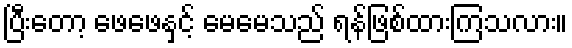
ပြီးတော့ ဖေဖေနှင့် မေမေသည် ရန်ဖြစ်ထားကြသလား။